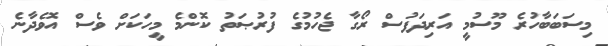
މިސަބަބާހުރެ މޫސުމީ އަރިދަފުސް ރޯގާ ޖެހުމުގެ ފުރުޞަތު ކޮންމެ މީހަކަށް ވެސް އޮވެދާނެ